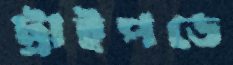
ট্রাইপডে